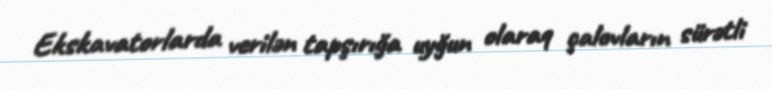
Ekskavatorlarda verilən tapşırığa uyğun olaraq çalovların sürətli